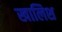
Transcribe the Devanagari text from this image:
खालिश